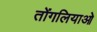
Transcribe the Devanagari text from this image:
तोंगलियाओ